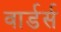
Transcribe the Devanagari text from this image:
वार्डर्स